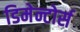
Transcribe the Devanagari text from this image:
डिमेन्टोर्स